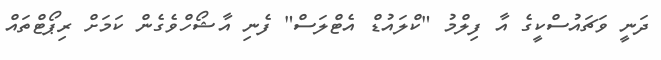
ދަނީ ވަޗައުސްކީގެ އާ ފިލްމު "ކްލައުޑް އެޓްލަސް" ފެނި އާޝޯހްވެގެން ކަމަށް ރިޕޯޓްތައް